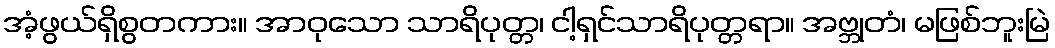
အံ့ဖွယ်ရှိစွတကား။ အာဝုသော သာရိပုတ္တ၊ ငါ့ရှင်သာရိပုတ္တရာ။ အဗ္ဘုတံ၊ မဖြစ်ဘူးမြဲ